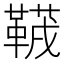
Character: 𱁻